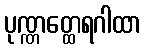
ပုဏ္ဏတ္ထေရဂါထာ